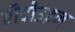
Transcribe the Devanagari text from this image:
बौदोउइन्